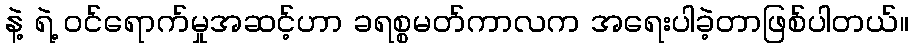
နဲ့ ရဲ့ ဝင်ရောက်မှုအဆင့်ဟာ ခရစ္စမတ်ကာလက အရေးပါခဲ့တာဖြစ်ပါတယ်။